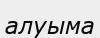
алуыма